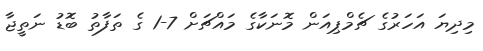
މިދިޔަ އަހަރުގެ ޗެމްޕިއަން މޮނަކާގެ މައްޗަށް 7-1 ގެ ތަފާތު ބޮޑު ނަތީޖާ